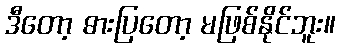
ဒီတော့ ဓားပြတော့ မဖြစ်နိုင်ဘူး။